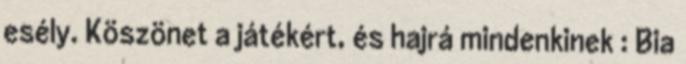
esély. Köszönet a játékért, és hajrá mindenkinek : Bia